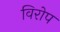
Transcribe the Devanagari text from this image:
विरोप